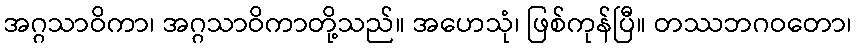
အဂ္ဂသာဝိကာ၊ အဂ္ဂသာဝိကာတို့သည်။ အဟေသုံ၊ ဖြစ်ကုန်ပြီ။ တဿဘဂဝတော၊